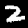
Digit: 2